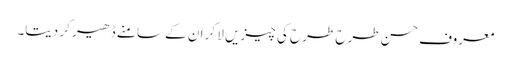
معروف حسن طرح طرح کی چیزیں لا کر ان کے سامنے ڈھیر کر دیتا۔